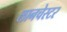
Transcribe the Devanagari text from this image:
लानचेस्टर